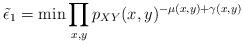
LaTeX: \begin{align*}\tilde{\epsilon}_1=\min \prod_{x,y}p_{XY}(x,y)^{-\mu(x,y)+\gamma(x,y)}\end{align*}